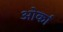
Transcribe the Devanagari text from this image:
ओर्का